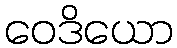
ဝေဒိယော